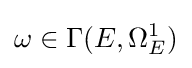
\omega \in \Gamma (E,\Omega _{E}^{1})